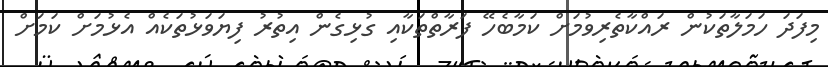
މިފަދަ ހަމަލާތަކުން ރައްކާތެރިވުމަށް ކަމާބެހޭ ފަރާތްތަކާއި ގުޅިގެން އިތުރު ފިޔަވަޅުތަކެއް އެޅުމަށް ކަމަށް